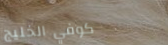
كوفي الخليج